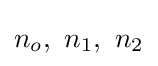
n_{o},\ n_{1},\ n_{2}